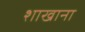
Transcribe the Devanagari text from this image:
शाखाना